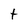
Character: t